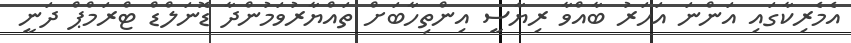
އެމެރިކާގައި އަންނަ އަހަރު ބާއްވާ ރިޔާސީ އިންތިހާބަށް ތައްޔާރުވަމުންދާ ޑޮނަލްޑް ޓްރަމްޕް ދަނީ